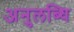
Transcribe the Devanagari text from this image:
अनुलब्धि